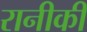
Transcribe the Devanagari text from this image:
रानीकी